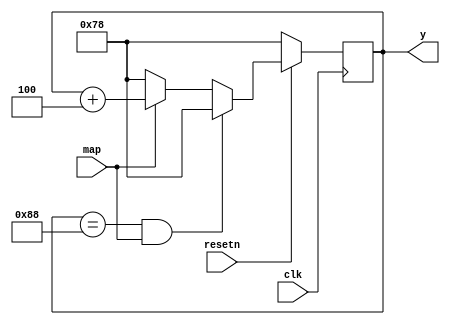
module y_update_6(input map,input clk, input resetn, output reg [7:0] y);


 always@(posedge clk)
 if(resetn == 1'b0)
 y <= 8'd120;
 else if(y == 8'd136 && map)
 y <= 8'd120;
 else if( map) 
 y <= y + 3'd4;
 else if (!map) y <= 8'd120;

 
endmodule